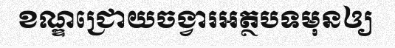
ខណ្ឌជ្រោយចង្វារអត្ថបទមុនឲ្យ